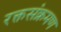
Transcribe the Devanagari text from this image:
रक्तसंक्रमण